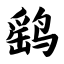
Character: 鹞